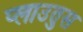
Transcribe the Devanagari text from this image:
प्लाउतुस